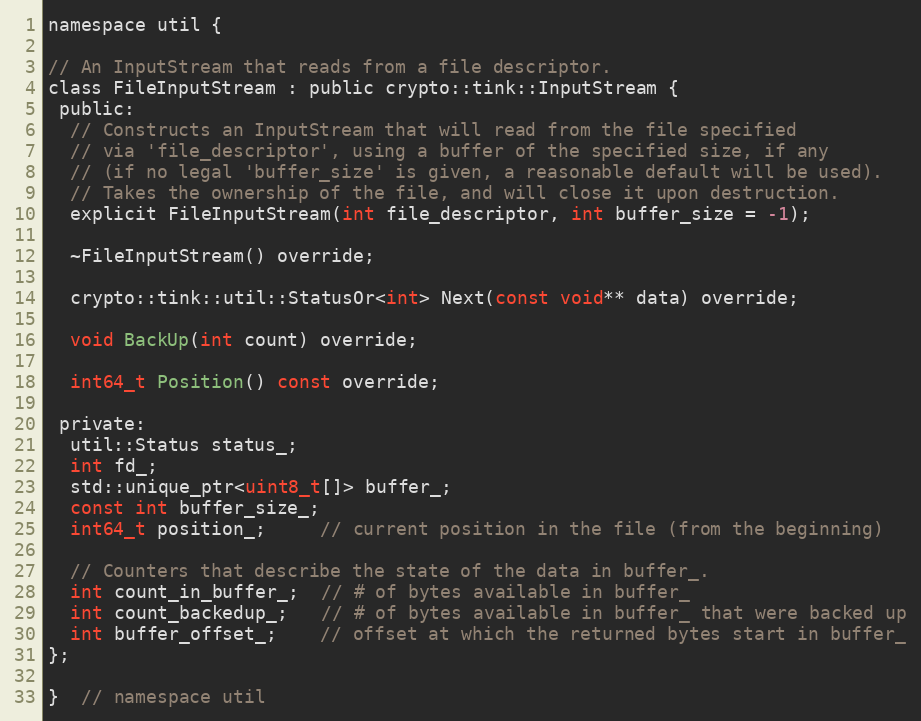
Language: C
namespace util {

// An InputStream that reads from a file descriptor.
class FileInputStream : public crypto::tink::InputStream {
 public:
  // Constructs an InputStream that will read from the file specified
  // via 'file_descriptor', using a buffer of the specified size, if any
  // (if no legal 'buffer_size' is given, a reasonable default will be used).
  // Takes the ownership of the file, and will close it upon destruction.
  explicit FileInputStream(int file_descriptor, int buffer_size = -1);

  ~FileInputStream() override;

  crypto::tink::util::StatusOr<int> Next(const void** data) override;

  void BackUp(int count) override;

  int64_t Position() const override;

 private:
  util::Status status_;
  int fd_;
  std::unique_ptr<uint8_t[]> buffer_;
  const int buffer_size_;
  int64_t position_;     // current position in the file (from the beginning)

  // Counters that describe the state of the data in buffer_.
  int count_in_buffer_;  // # of bytes available in buffer_
  int count_backedup_;   // # of bytes available in buffer_ that were backed up
  int buffer_offset_;    // offset at which the returned bytes start in buffer_
};

}  // namespace util